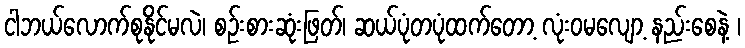
ငါဘယ်လောက်စုနိုင်မလဲ၊ စဉ်းစားဆုံးဖြတ်၊ ဆယ်ပုံတပုံထက်တော့ လုံးဝမလျော့ နည်းစေနဲ့ ၊